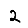
Digit: 2